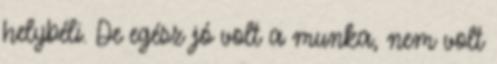
helybéli. De egész jó volt a munka, nem volt